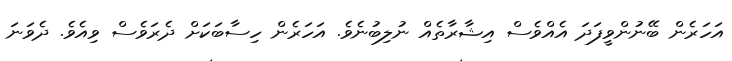
އަހަރެން ބޭނުންވީފަދަ އެއްވެސް އިޝާރާތެއް ނުލިބުނެވެ. އަހަރެން ހިސާބަކަށް ދެރަވެސް ވިއެވެ. ދެވަނަ